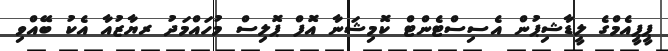
ޕީޕީއެމްގެ ލީޑާޝިޕުން އެސިސްޓެންޓް ކޮމިޝަނާ އޮފް ޕޮލިސް މުހައްމަދު ރޔާޒުއާ އެކު ބޭއްވި